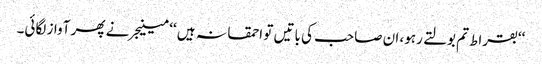
‘‘بقراط تم بولتے رہو، ان صاحب کی باتیں تو احمقانہ ہیں ‘‘ مینیجر نے پھر آواز لگائی۔